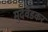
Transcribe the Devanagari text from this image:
मुदवेडकर